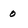
Character: 0